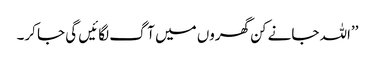
’’اللہ جانے کن گھروں میں آگ لگائیں گی جا کر۔